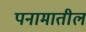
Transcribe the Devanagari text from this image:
पनामातील